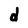
Character: d